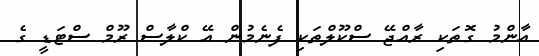
އާންމު ގޮތަކި ރާއްޖޭ ސްކޫލްތަކި ފެނެމުން އޭ ކްލާސް ރޫމް ސްޓަޑީ ގެ